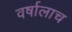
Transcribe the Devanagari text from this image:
वर्षालाच